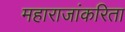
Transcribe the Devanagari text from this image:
महाराजांकरिता